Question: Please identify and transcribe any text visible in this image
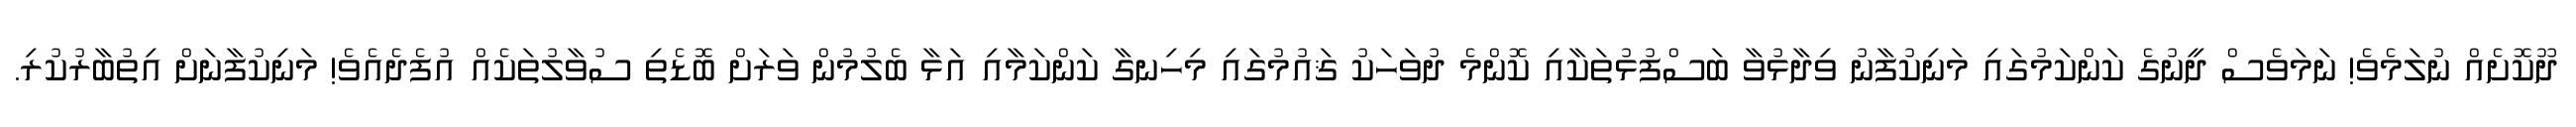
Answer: ދޫކޮށެއް ނުލަމެވެ! ނަމަވެސް ދީނުގެ ކަންކަމުގައި މަނިކުފާނު ވިދާޅުވާ ބަސްފުޅުތަކާއި ކޮންމެ ދުވަހަކު ޤައުމުގައި މިހިނގާ ކަންކަމާއި އަޅާ ބެލުމުން ވަރަށް ބޮޑެތި ސުވާލުތަކެއް އުފެދެއެވެ! މަނިކުފާނަށް އިތުބާރުކުރި.